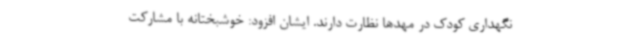
نگهداری کودک در مهدها نظارت دارند. ایشان افزود: خوشبختانه با مشارکت